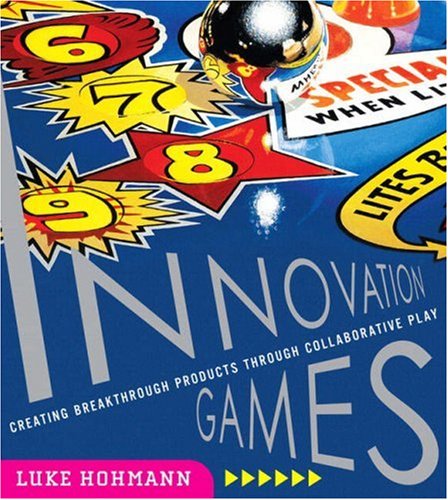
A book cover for Innovation Games: Creating Breakthrough Products Through Collaborative Play; Luke Hohmann; Computers & Technology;